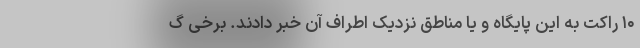
۱۰ راکت به این پایگاه و یا مناطق نزدیک اطراف آن خبر دادند. برخی گ